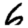
Digit: 6